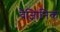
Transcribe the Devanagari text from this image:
वैज्ञिानिक